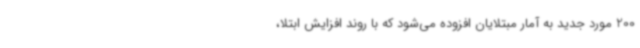
200 مورد جدید به آمار مبتلایان افزوده می‌شود که با روند افزایش ابتلا،